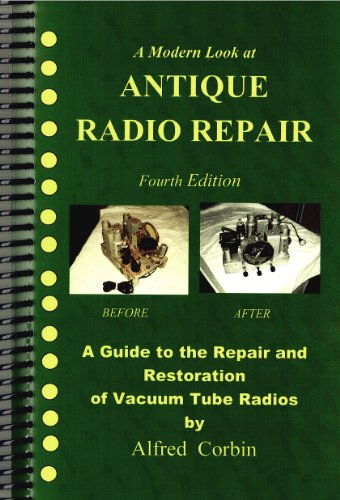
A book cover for Antique Radio Repair and Restoration, 4th Edition; Alfred Corbin; Crafts, Hobbies & Home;